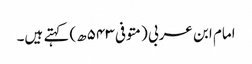
امام ابن عربی (متوفی ۵۴۳ھ) کہتے ہیں۔